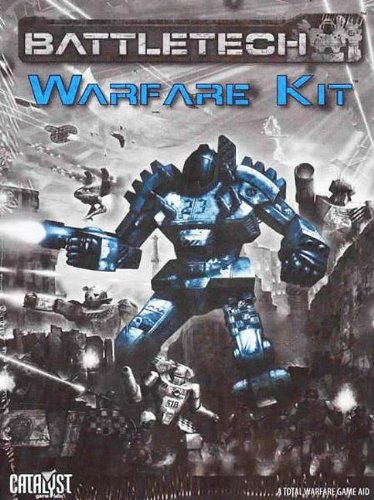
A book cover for Battletech Warfare Kit (Battletech (Unnumbered)); Staff; Science Fiction & Fantasy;